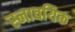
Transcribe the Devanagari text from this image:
स्नावयिक